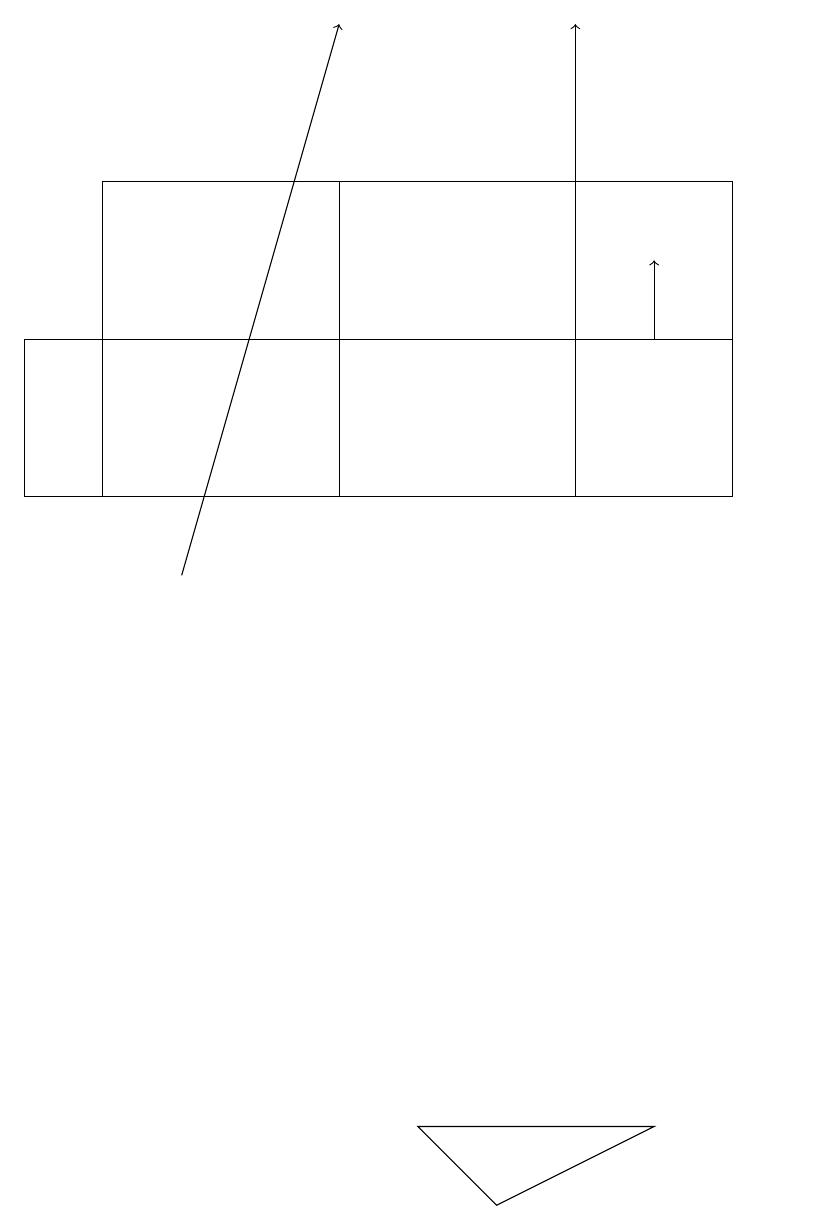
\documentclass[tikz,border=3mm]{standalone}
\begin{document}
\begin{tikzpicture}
\draw (1,16) rectangle (4,12);
\draw (8,4) -- (5,4) -- (6,3) -- cycle;
\draw[->] (2,11) -- (4,18);
\draw (10,10) circle (0);
\draw[->] (7,12) -- (7,18);
\draw (9,16) rectangle (1,14);
\draw (0,12) rectangle (9,14);
\draw[->] (8,14) -- (8,15);
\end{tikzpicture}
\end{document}